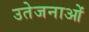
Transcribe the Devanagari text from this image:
उतेजनाओं